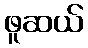
ဖူဆယ်